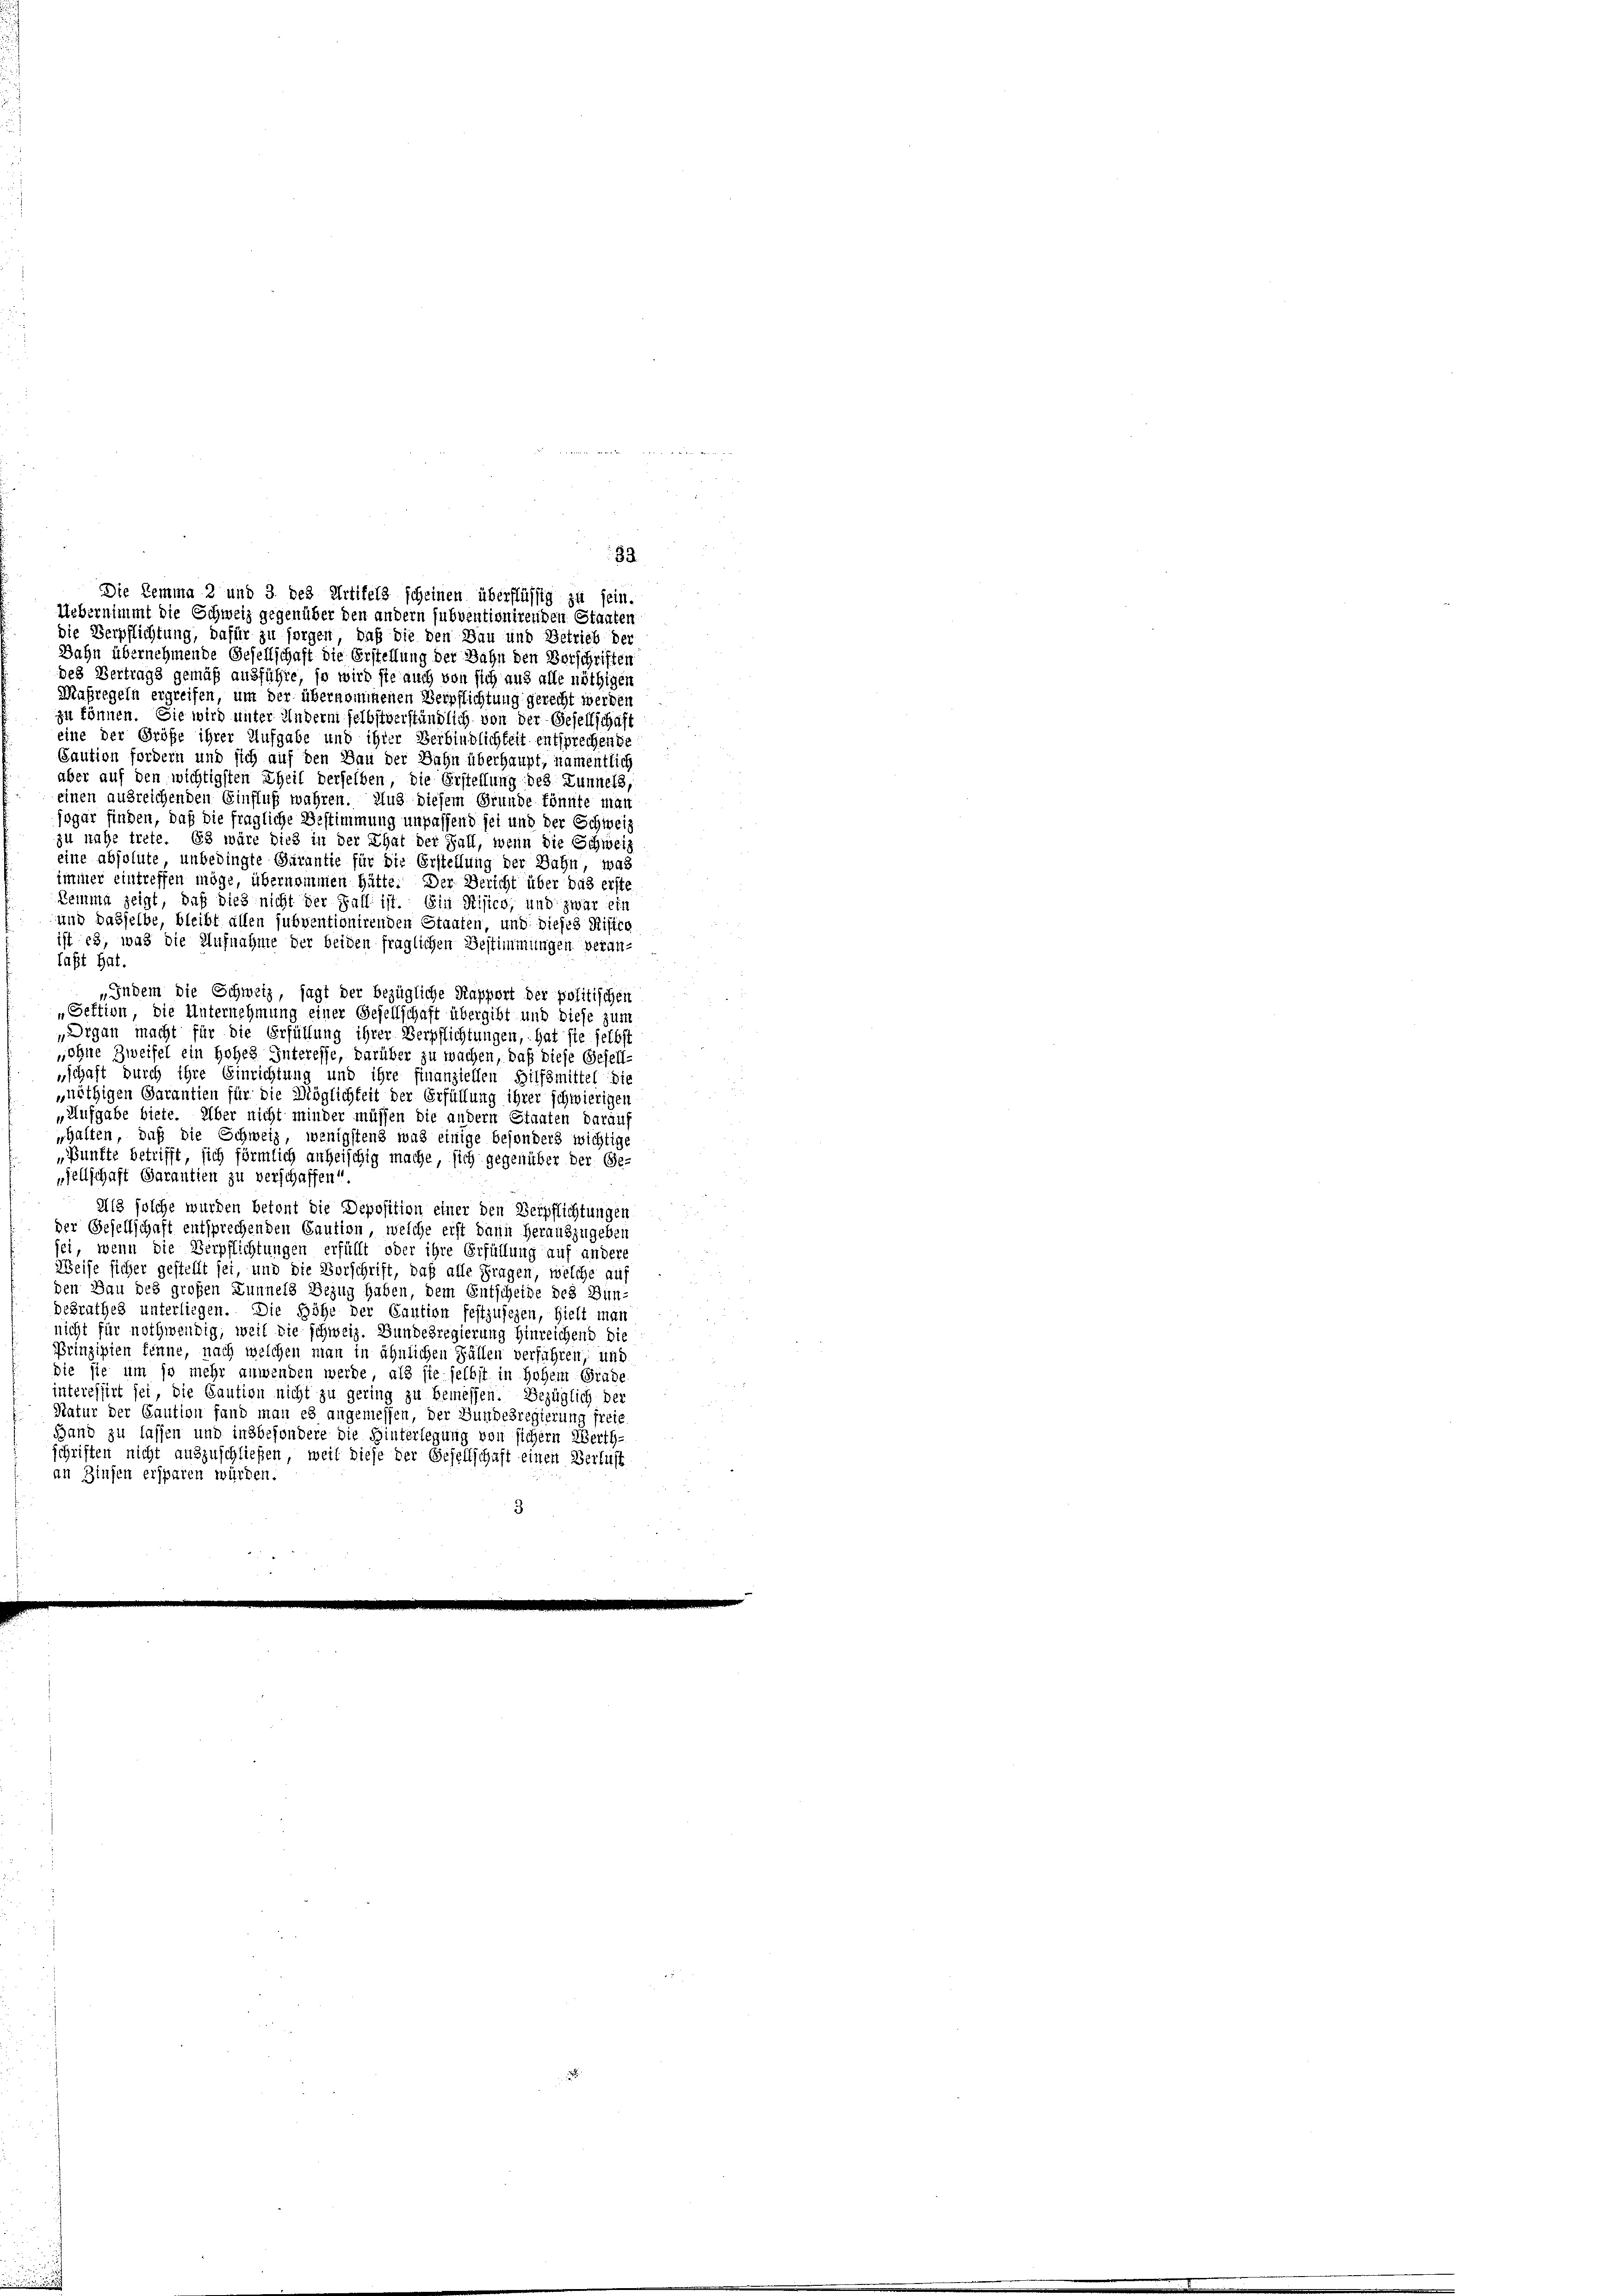
die Verpflichtung, dafür zu sorgen, daß die den Bau und Betrieb der
Bahn übernehmende Gesellschaft die Erstellung der Bahn den Vorschriften
des Vertrags gemäß ausführe, so wird sie auch von sich aus alle nöthigen
Maßregeln ergreifen, um der übernommenen Verpflichtung gerecht werden
zu können. Sie wird unter Andern selbstverständlich von der Gesellschaft
eine der Größe ihrer Aufgabe und ihrer Verbindlichkeit entsprechende
Caution fordern und sich auf den Bau der Bahn überhaupt, namentlich
über auf den wichtigsten Theil derselben, die Erstellung des Lunnels,
einen ausreichenden Einfluß wahren. Aus diesem Grunde könnte man
sogar finden, daß die fragliche Bestimmung unpassend sei und der Schweiz
zu nahe trete. Es wäre dies in der That der Fall, wenn die Schweiz
eine absolute, unbedingte Garantie für die Erstellung der Bahn, was
immer eintreffen möge, übernommen hätte. Der Bericht über das erste
Kemma zeigt, daß dies nicht der Fall ist. Ein Risico, und zwar ein
und dasselbe, bleibt allen subventionirenden Staaten, und dieses Risire
ist es, was die Aufnahme der beiden fraglichen Bestimmungen veran-
laßt hat.
„Indem die Schweiz, sagt der bezügliche Kapport der politischen
„Sektion, die Unternehmung einer Gesellschaft übergibt und diese zum
„Drgan macht für die Erfüllung ihrer Verpflichtungen, hat sie selbst
ohne Zweifel ein hohes Interesse, darüber zu wachen, daß diese Gesell-
„schaft durch ihre Einrichtung und ihre finanziellen Hilfsmittel die
„nöthigen Garantien für die Möglichkeit der Erfüllung ihrer schwierigen
„Aufgabe biete. Über nicht minder müssen die andern Staaten darauf
halten, daß die Schweiz, wenigstens was einige besonders wichtige
„Pünfte betrifft, sich förmlich anheischig mache, sich gegenüber der Ge-
„sellschaft Garantien zu verschaffen“
Als solche wurden betont die Deposition einer den Verpflichtungen
der Gesellschaft entsprechenden Caution, welche erst dann herauszugeben
sei, wenn die Verpflichtungen erfüllt oder ihre Erfüllung auf andere
Weise sicher gestellt sei, und die Vorschrift, daß alle Fragen, welche auf
den Bau des großen Zunnels Bezug haben, dem Entscheide des Bun-
desrathes unterliegen. Die Höhe der Caution festzusehen, hielt man
nicht für nothwendig, weil die schweiz. Bundesregierung hinreichend die
Prinzipien könne, nach welchen man in ähnlichen Fällen verführen, und
die sie um so mehr anwenden werde, als sie selbst in Hohem Grade
interessirt sei, die Caution nicht zu gering zu bemessen. Bezüglich der
Natur der Caution fand man es angemessen, der Bundesregierung freie
Band zu lassen und insbesondere die Hinterlegung von sichern Werth-
schriften nicht auszuschließen, weil diese der Gesellschaft einen Verlust
an Zinsen ersparen würden.
3

33
Die Lemma 2 und 3. des Artikels scheinen überflüssig zu sein.
Uebernimmt die Schweiz gegenüber den andern subventionirenden Staaten

22